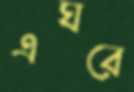
এঘরে